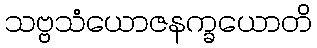
သဗ္ဗသံယောဇနက္ခယောတိ